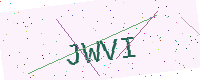
Text: JWVI